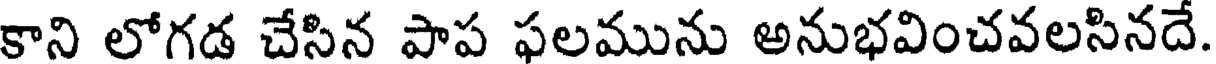
కాని లోగడ చేసిన పాప ఫలమును అనుభవించవలసినదే